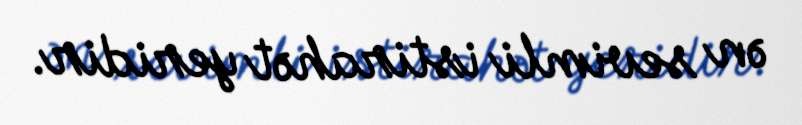
ən sevimli istirahət yeridir.